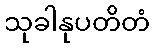
သုခါနုပတိတံ